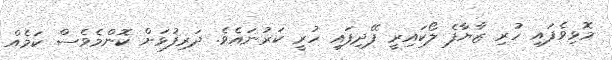
މޮޅިވެފައި ހުރި ޒާޔާފެ ލޯކައިރީ ފޭދިފައި ހުރީ ކަރުނައެވެ. ދަރިފުޅަށް ކޮންމެވެސް ކަމެއް